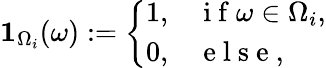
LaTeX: \mathbf{1}_{\Omega_{i}}(\omega):=\left\{ \begin{array}{ll}{1,}&{\mathrm{~i~f~}\omega\in\Omega_{i},}\\ {0,}&{\mathrm{~e~l~s~e~},}\end{array}\right.